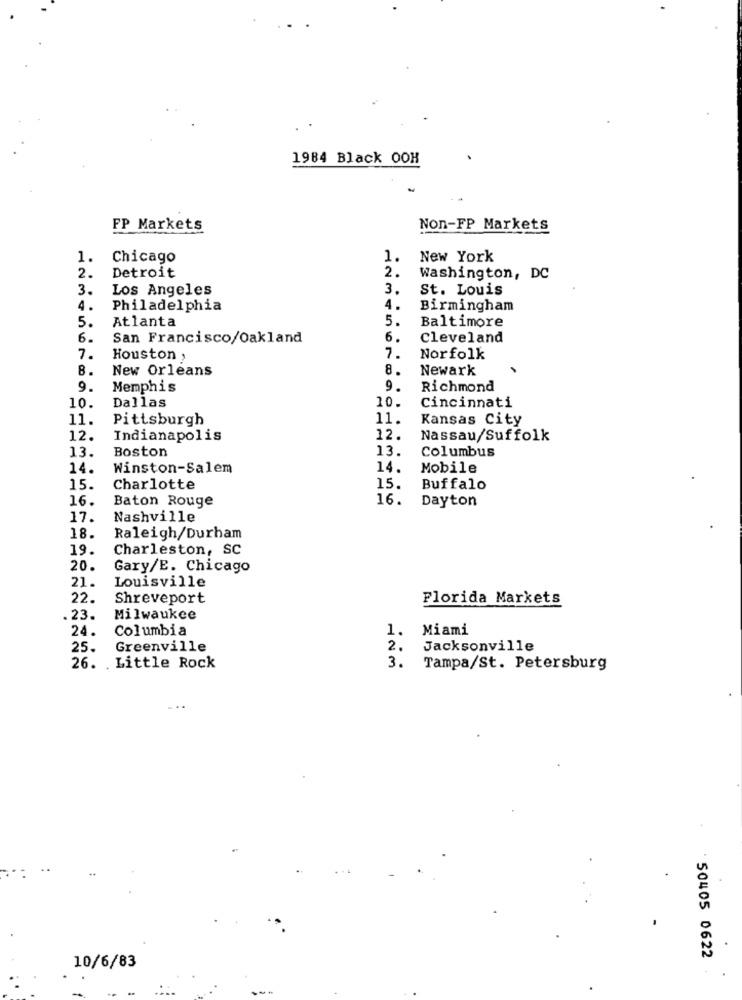
1984 Black OOH
FP Markets
Non-FP Markets
1.
Chicago
1.
New York
Detroit
2.
2.
Washington, DC
3.
Los Angeles
3.
St. Louis
4.
Philadelphia
4.
Birmingham
Atlanta
5.
Baltimore
5.
6.
San Francisco/Oakland
6.
Cleveland
7.
Houston ,
7.
Norfolk
B.
New Orleans
8
Newark
9.
Memphis
9.
Richmond
Dallas
10.
10.
Cincinnati
11.
Pittsburgh
11.
Kansas City
12.
Indianapolis
12.
Nassau/Suffolk
13.
Boston
13.
Columbus
14.
Winston-Salem
14.
Mobile
15.
Charlotte
15.
Buffalo
16.
Baton Rouge
16.
Dayton
17.
Nashville
18.
Raleigh/Durham
19.
Charleston, SC
20.
Gary/E. Chicago
Louisville
21.
22.
Shreveport
Florida Markets
.23.
Milwaukee
24.
Columbia
1.
Miami
25.
Greenville
2.
Jacksonville
26. . Little Rock
3. Tampa/St. Petersburg
50405 0622
10/6/83